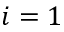
i = 1